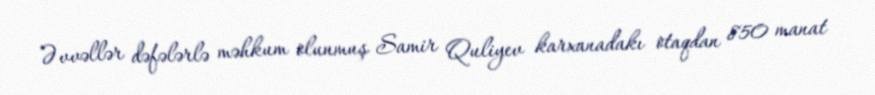
Əvvəllər dəfələrlə məhkum olunmuş Samir Quliyev karxanadakı otaqdan 850 manat